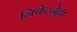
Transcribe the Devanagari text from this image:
निवेदनेही